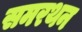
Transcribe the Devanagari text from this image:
समरथन